Vaccination in Bombay 1863-1868 - 1863-1868
Year: 1863
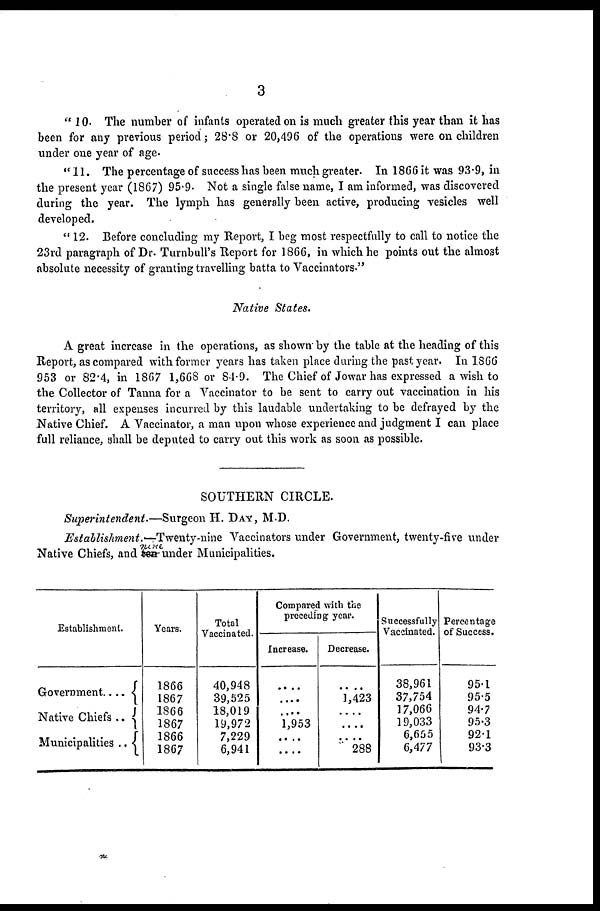
3
" 10.The number of infants operated on is much greater this year than it has
been for any previous period; 28.8 or 20,496 of the operations were on children
under one year of age.
"11. The percentage of success has been much greater. In 1866 it was 93.9, in
the present year (1867) 95.9. Not a single false name, I am informed, was discovered
during the year. The lymph has generally been active, producing vesicles well
developed.
" 12. Before concluding my Report, I beg most respectfully to call to notice the
23rd paragraph of Dr. Turnbull's Report for 1866, in which he points out the almost
absolute necessity of granting travelling batta to Vaccinators."
Native States.
A great increase in the operations, as shown' by the table at the heading of this
Report, as compared with former years has taken place during the past year. In 1866
953 or 82.4, in 1867 1,668 or 84.9. The Chief of Jowar has expressed a wish to
the Collector of Tanna for a Vaccinator to be sent to carry out vaccination in his
territory, all expenses incurred by this laudable undertaking to be defrayed by the
Native Chief. A Vaccinator, a man upon whose experience and judgment I can place
full reliance, shall be deputed to carry out this work as soon as possible.
SOUTHERN CIRCLE.
Superintendent.—Surgeon H. DAY, M.D.
Establishment.—Twenty-nine Vaccinators under Government, twenty-five under
Native Chiefs, and nine under Municipalities.
Establishment.
Government....
Native Chiefs ..
Municipalities ..
Years.
1866
1867
1866
1867
1866
1867
Total
Vaccinated.
40,948
39,525
18,019
19,972
7,229
6,941
Compared with the
preceding year.
Increase.
....
....
....
1,953
....
....
Decrease.
....
1,423
....
....
....
288
Successfully
Vaccinated.
38,961
37,754
17,066
19,033
6,655
6,477
Percentage
of Success.
95.1
95.5
94.7
95.3
92.1
93.3